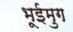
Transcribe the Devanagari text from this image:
भूईमुग